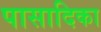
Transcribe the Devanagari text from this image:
पासादिका